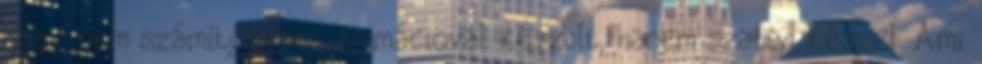
hogy nem számítógépes animációval készült, hanem szabad kézzel. Ami